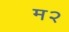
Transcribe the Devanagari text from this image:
म२